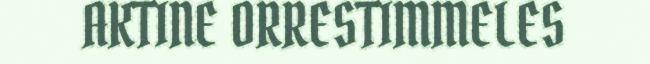
AKTINE ORRESTIMMELES